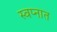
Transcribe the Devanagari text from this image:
स्‍वप्‍नात